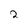
Character: 2